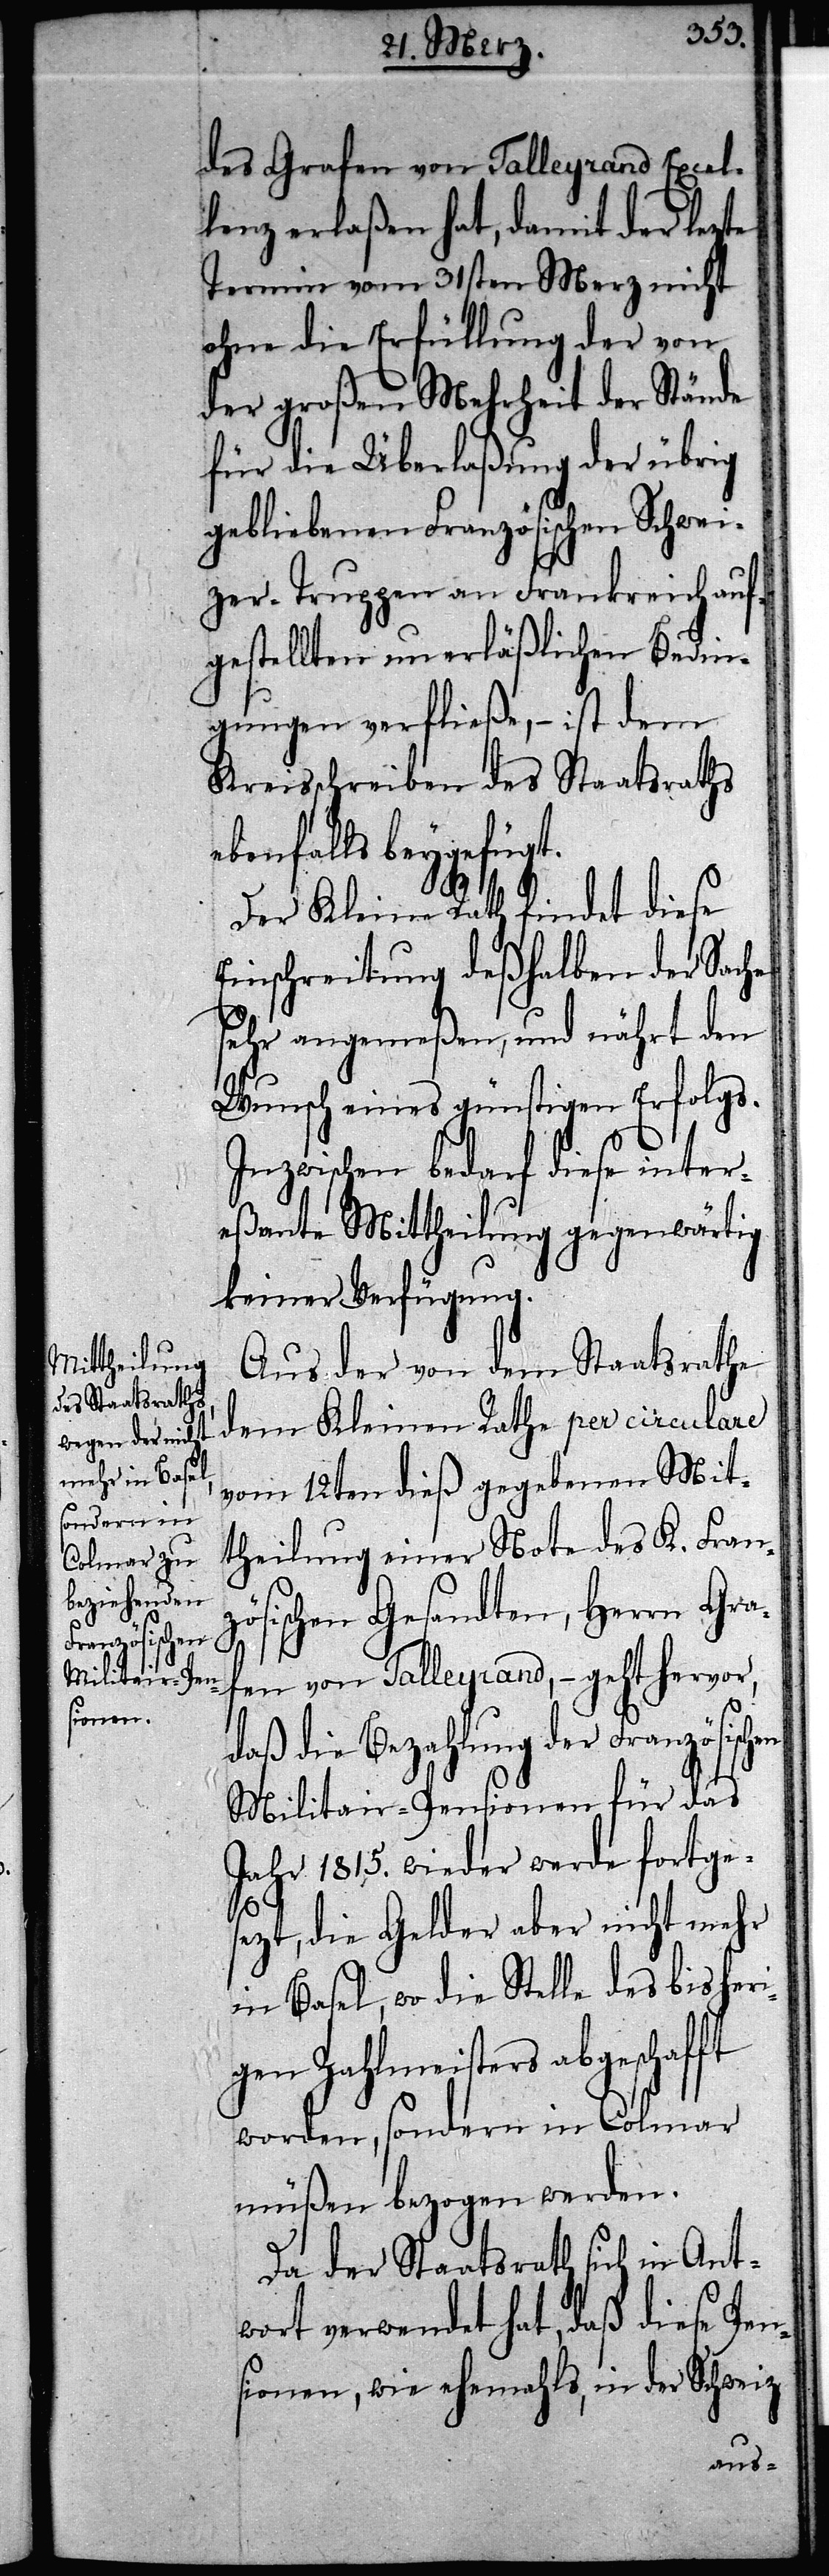
Grafen von Talleyrand Excel¬
lenz erlaßen hat, damit der lezte
Termin vom 31sten Merz nicht
ohne die Erfüllung der von
der großen Mehrheit der Stände
für die Überlaßung der übrig
gebliebenen Französischen Schwei¬
zer-Truppen an Frankreich auf¬
gestellten unerläßlichen Bedin¬
gungen verfließe, – ist dem
Kreisschreiben des Staatsraths
ebenfalls beygefügt.
Der Kleine Rath findet diese
Einschreitung deßhalben der Sache
sehr angemeßen, und nährt den
Wunsch eines günstigen Erfolgs.
Inzwischen bedarf diese inter¬
eßante Mittheilung gegenwärtig
keiner Verfügung.
Aus der von dem Staatsrathe
dem kleinen Rathe per circulare
vom 12ten dieß gegebenen Mit¬
theilung einer Note des K. Fran¬
zösischen Gesandten, Herrn Gra¬
fen von Talleyrand, – geht hervor,
daß die Bezahlung der Französischen
Militair-Pensionen für das
Jahr 1815. wieder werde fortge¬
sezt, die Gelder aber nicht mehr
in Basel, wo die Stelle des bisheri¬
gen Zahlmeisters abgeschafft
worden, sondern in Colmar
müßen bezogen werden.
Da der Staatsrath sich in Ant¬
wort verwendet hat, daß diese Pen¬
sionen, wie ehemahls, in der Schweiz